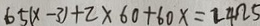
6 5 ( x - 3 ) + 2 \times 6 0 + 6 0 x = 2 4 \Omega 5